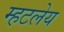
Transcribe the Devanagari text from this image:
म्हटलेय